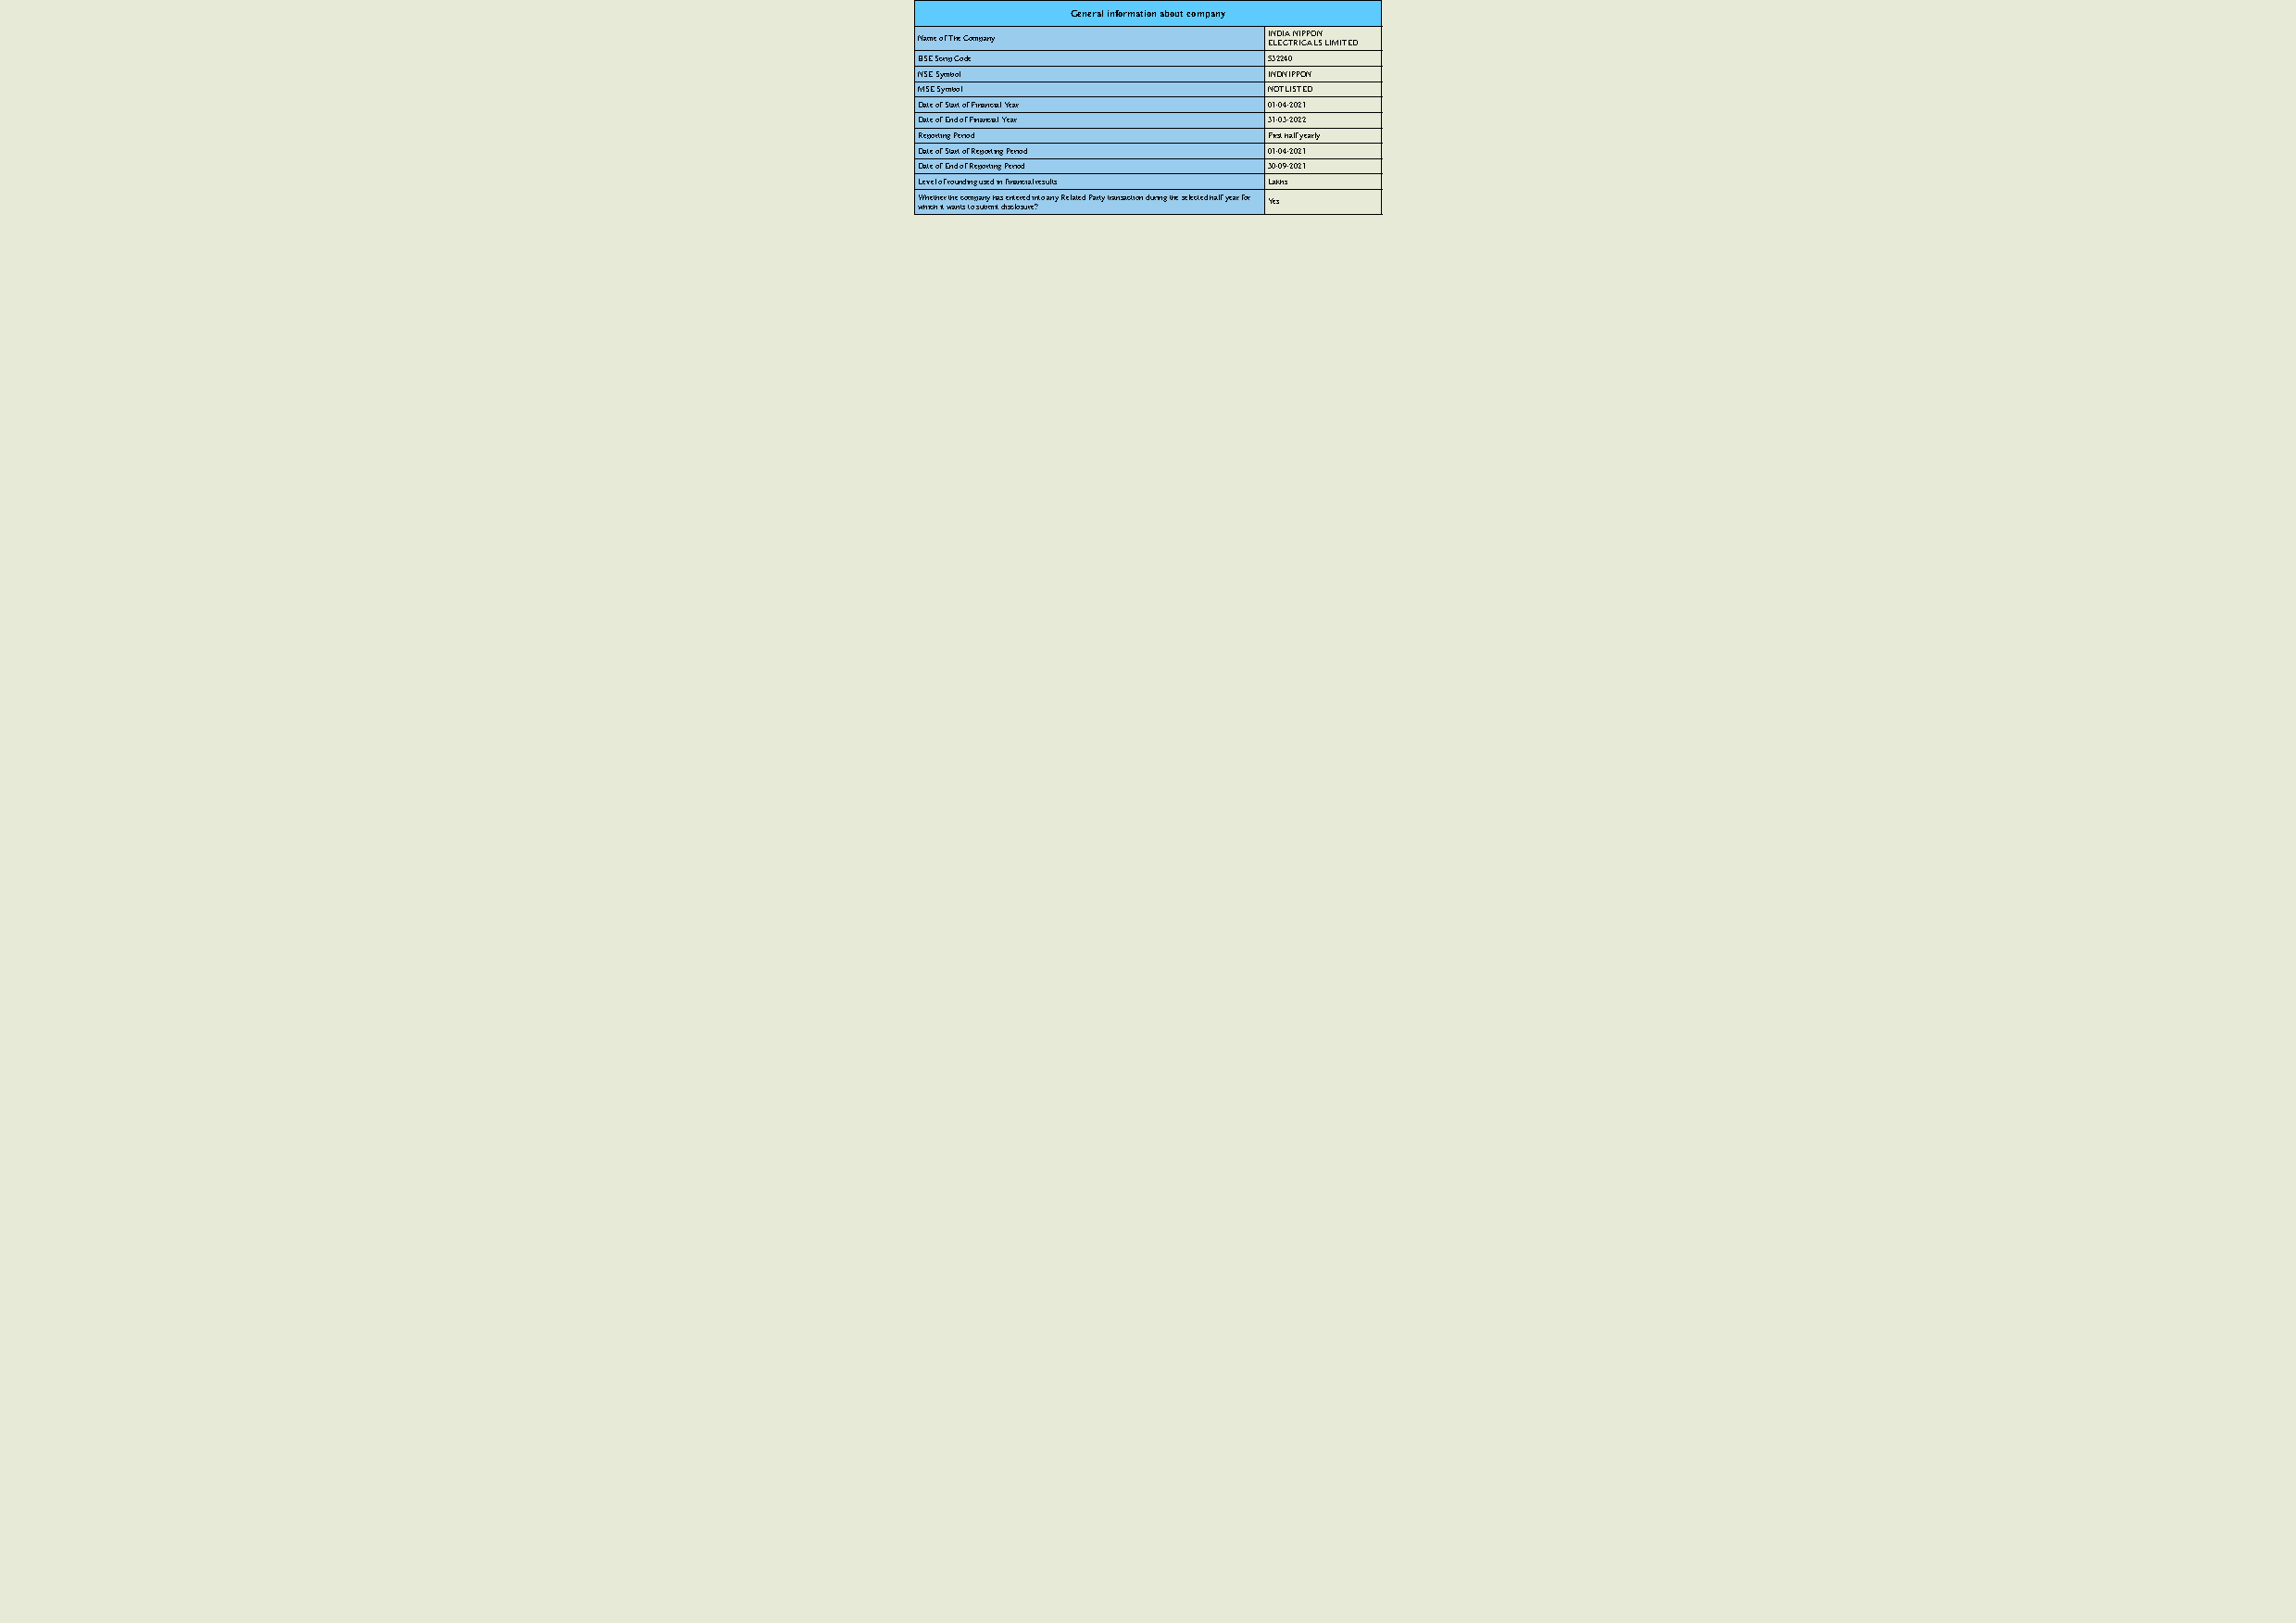
General information about company
 Name of The Company      I EN LD EI CA T N RII CPP AO LN S LIMITED
 BSE Scrip Code           532240
 NSE Symbol               INDNIPPON
 MSE Symbol               NOTLISTED
 Date of Start of Financial Year 01-04-2021
 Date of End of Financial Year 31-03-2022
 Reporting Period         First half yearly
 Date of Start of Reporting Period 01-04-2021
 Date of End of Reporting Period 30-09-2021
 Level of rounding used in financial results Lakhs
 W whh ie ct hh e itr wth ae n c tso tm o p sa un by m h ita s d ie sn ct le or se ud r ein ?to any Related Party transaction during the selected half year for Yes